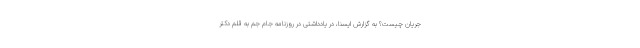
جریان چیست؟ به گزارش ایسنا، در یادداشتی در روزنامه جام جم به قلم دکتر